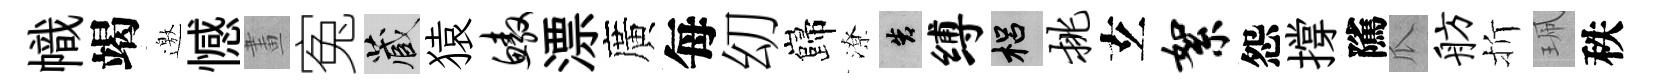
幟竭邀憾畫寃藏猿鳌漂廣每㓜巋潦告缚梠挑𤣥絮怨撐隲瓜舫折珮秩